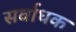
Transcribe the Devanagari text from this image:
सर्वाधक